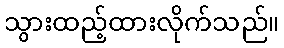
သွားထည့်ထားလိုက်သည်။